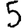
Digit: 5